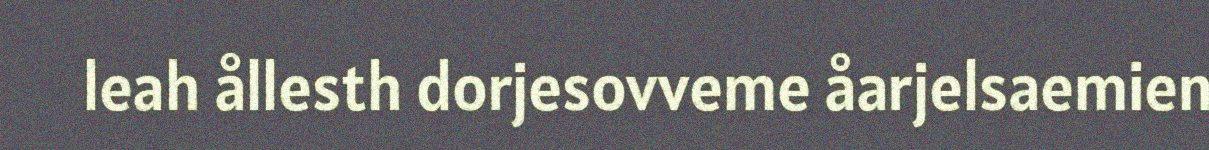
leah ållesth dorjesovveme åarjelsaemien